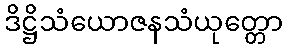
ဒိဋ္ဌိသံယောဇနသံယုတ္တော